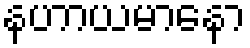
နဟာယမာနော